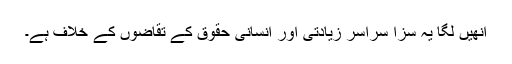
انھیں لگا یہ سزا سراسر زیادتی اور انسانی حقوق کے تقاضوں کے خلاف ہے۔